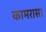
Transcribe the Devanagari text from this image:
कामरासा